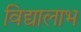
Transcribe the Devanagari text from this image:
विद्यालाभ